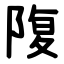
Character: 䧗